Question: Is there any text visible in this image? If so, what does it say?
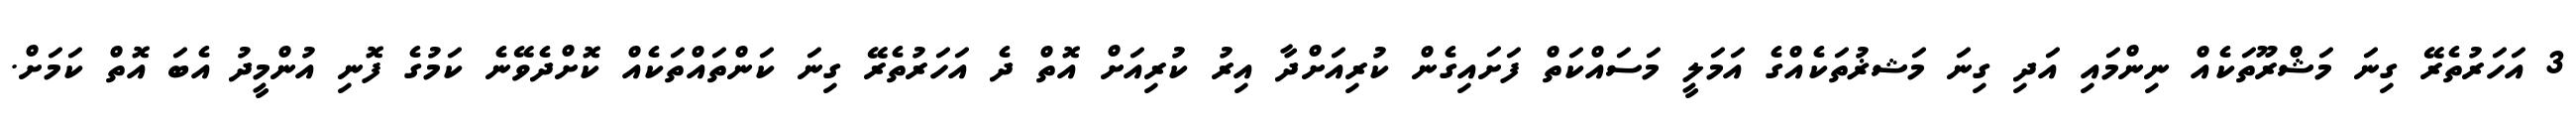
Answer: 3 އަހަރުތެރޭ ގިނަ މަޝްރޫތަކެއް ނިންމައި އަދި ގިނަ މަޝޜުތަކެއްގެ އަމަލީ މަސައްކަތް ފަށައިގެން ކުރިއަށްދާ އިރު ކުރިއަށް އޮތް ދެ އަހަރުތެރޭ ގިނަ ކަންތައްތަކެއް ކޮށްދެވޭނެ ކަމުގެ ފޮނި އުންމީދު އެބަ އޮތް ކަމަށް.